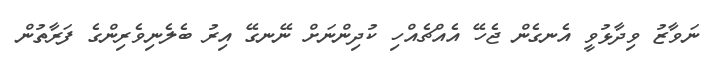
ނަވާޒު ވިދާޅުވީ އެނގެން ޖެހޭ އެއްޗެއްހި ކުދިންނަށް ނޭނގޭ އިރު ބެލެނިވެރިންގެ ފަރާތުން